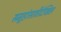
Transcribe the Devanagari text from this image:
समूहांसाठीदेखिल